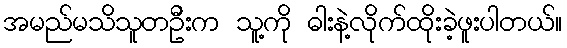
အမည်မသိသူတဦးက သူ့ကို ဓါးနဲ့လိုက်ထိုးခဲ့ဖူးပါတယ်။